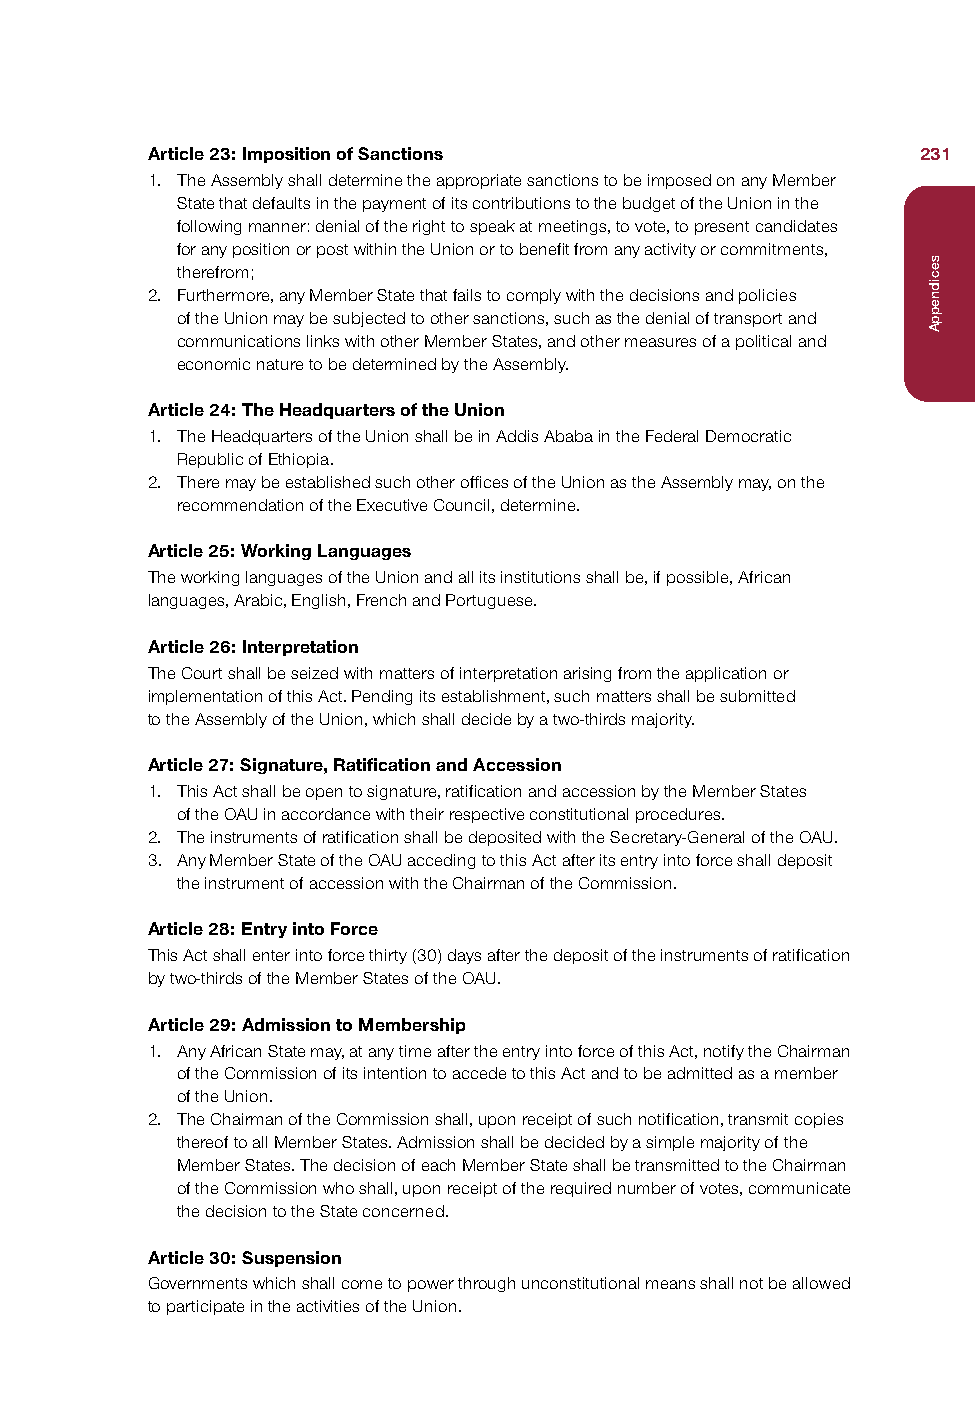
Article 23: Imposition of Sanctions                231
 1. The Assembly shall determine the appropriate sanctions to be imposed on any Member
 State that defaults in the payment of its contributions to the budget of the Union in the
 following manner: denial of the right to speak at meetings, to vote, to present candidates
 for any position or post within the Union or to benefit from any activity or commitments,
 therefrom;
 2. Furthermore, any Member State that fails to comply with the decisions and policies
 of the Union may be subjected to other sanctions, such as the denial of transport and
 communications links with other Member States, and other measures of a political and
 economic nature to be determined by the Assembly.
 Article 24: The Headquarters of the Union
 1. The Headquarters of the Union shall be in Addis Ababa in the Federal Democratic
 Republic of Ethiopia.
 2. There may be established such other offices of the Union as the Assembly may, on the
 recommendation of the Executive Council, determine.
 Article 25: Working Languages
 The working languages of the Union and all its institutions shall be, if possible, African
 languages, Arabic, English, French and Portuguese.
 Article 26: Interpretation
 The Court shall be seized with matters of interpretation arising from the application or
 implementation of this Act. Pending its establishment, such matters shall be submitted
 to the Assembly of the Union, which shall decide by a two-thirds majority.
 Article 27: Signature, Ratification and Accession
 1. This Act shall be open to signature, ratification and accession by the Member States
 of the OAU in accordance with their respective constitutional procedures.
 2. The instruments of ratification shall be deposited with the Secretary-General of the OAU.
 3. Any Member State of the OAU acceding to this Act after its entry into force shall deposit
 the instrument of accession with the Chairman of the Commission.
 Article 28: Entry into Force
 This Act shall enter into force thirty (30) days after the deposit of the instruments of ratification
 by two-thirds of the Member States of the OAU.
 Article 29: Admission to Membership
 1. Any African State may, at any time after the entry into force of this Act, notify the Chairman
 of the Commission of its intention to accede to this Act and to be admitted as a member
 of the Union.
 2. The Chairman of the Commission shall, upon receipt of such notification, transmit copies
 thereof to all Member States. Admission shall be decided by a simple majority of the
 Member States. The decision of each Member State shall be transmitted to the Chairman
 of the Commission who shall, upon receipt of the required number of votes, communicate
 the decision to the State concerned.
 Article 30: Suspension
 Governments which shall come to power through unconstitutional means shall not be allowed
 to participate in the activities of the Union.
 secidneppA